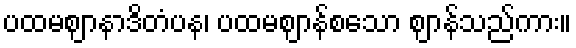
ပထမဈာနာဒိတံပန၊ ပထမဈာန်စသော ဈာန်သည်ကား။